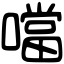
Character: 噹